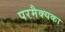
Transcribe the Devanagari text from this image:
परमैक्यका